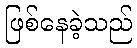
ဖြစ်နေခဲ့သည်